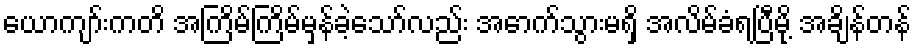
ယောကျာ်းကတိ အကြိမ်ကြိမ်မှန်ခဲ့သော်လည်း အောက်သွားမရှိ အလိမ်ခံရပြီမို့ အချိန်တန်